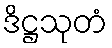
ဒိဋ္ဌသုတံ